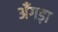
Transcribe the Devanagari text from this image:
अँगड़ा